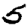
Digit: 5